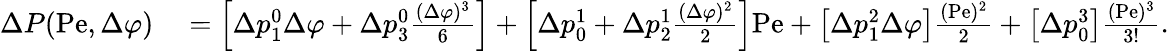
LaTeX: \begin{array}{rl}{\Delta P(\mathrm{Pe},\Delta\varphi)}&{{}=\left[\Delta p_{1}^{0}\Delta\varphi+\Delta p_{3}^{0}\frac{(\Delta\varphi)^{3}}{6}\right]+\left[\Delta p_{0}^{1}+\Delta p_{2}^{1}\frac{(\Delta\varphi)^{2}}{2}\right]\mathrm{Pe}+\left[\Delta p_{1}^{2}\Delta\varphi\right]\frac{(\mathrm{Pe})^{2}}{2}+\left[\Delta p_{0}^{3}\right]\frac{(\mathrm{Pe})^{3}}{3!}.}\end{array}